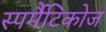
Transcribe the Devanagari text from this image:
स्पर्मैटिकोज